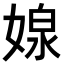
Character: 𭒉